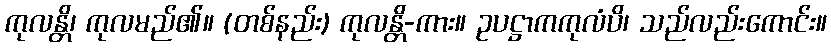
ကုလန္တိ၊ ကုလမည်၏။ (တစ်နည်း) ကုလန္တိ-ကား။ ဥပဋ္ဌာကကုလံပိ၊ သည်လည်းကောင်း။